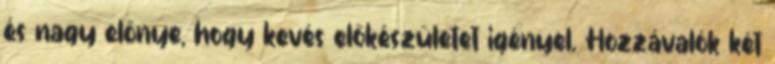
és nagy előnye, hogy kevés előkészületet igényel. Hozzávalók két